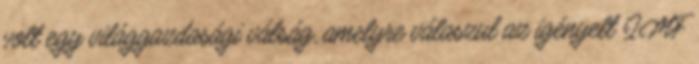
volt egy világgazdasági válság, amelyre válaszul az igényelt IMF